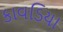
કાવડિયા